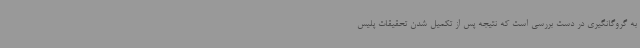
به گروگانگیری در دست بررسی است که نتیجه پس از تکمیل شدن تحقیقات پلیس